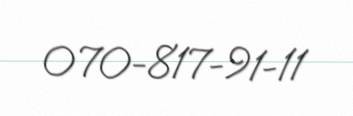
070-817-91-11